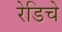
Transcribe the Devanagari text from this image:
रेडिचे